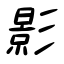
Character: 影